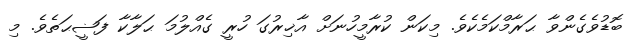
ބޮޑުވެގެންވާ ޙަރާމްކަމެކެވެ. މިކަން ކުރާމީހުނަށް އާޚިރުގަ ހުރީ ގެއްލުމަ ޙަލާކާ ފަޟީޙަތެވެ. މި